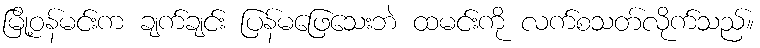
မြို့ဝန်မင်းက ချက်ချင်း ပြန်မဖြေသေးဘဲ ထမင်းကို လက်စသတ်လိုက်သည်။